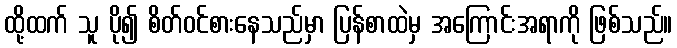
ထို့ထက် သူ ပို၍ စိတ်ဝင်စားနေသည်မှာ ပြန်စာထဲမှ အကြောင်းအရာကို ဖြစ်သည်။